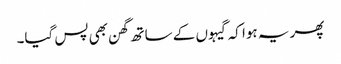
پھر یہ ہوا کہ گیہوں کے ساتھ گھن بھی پس گیا۔